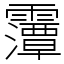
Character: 䨵